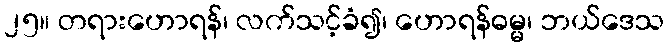
၂၅။ တရားဟောရန်၊ လက်သင့်ခံ၍၊ ဟောရန်ဓမ္မ၊ ဘယ်ဒေသ